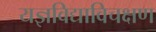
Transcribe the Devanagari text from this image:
यज्ञविद्याविचक्षण